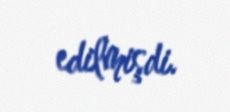
edilmişdi.